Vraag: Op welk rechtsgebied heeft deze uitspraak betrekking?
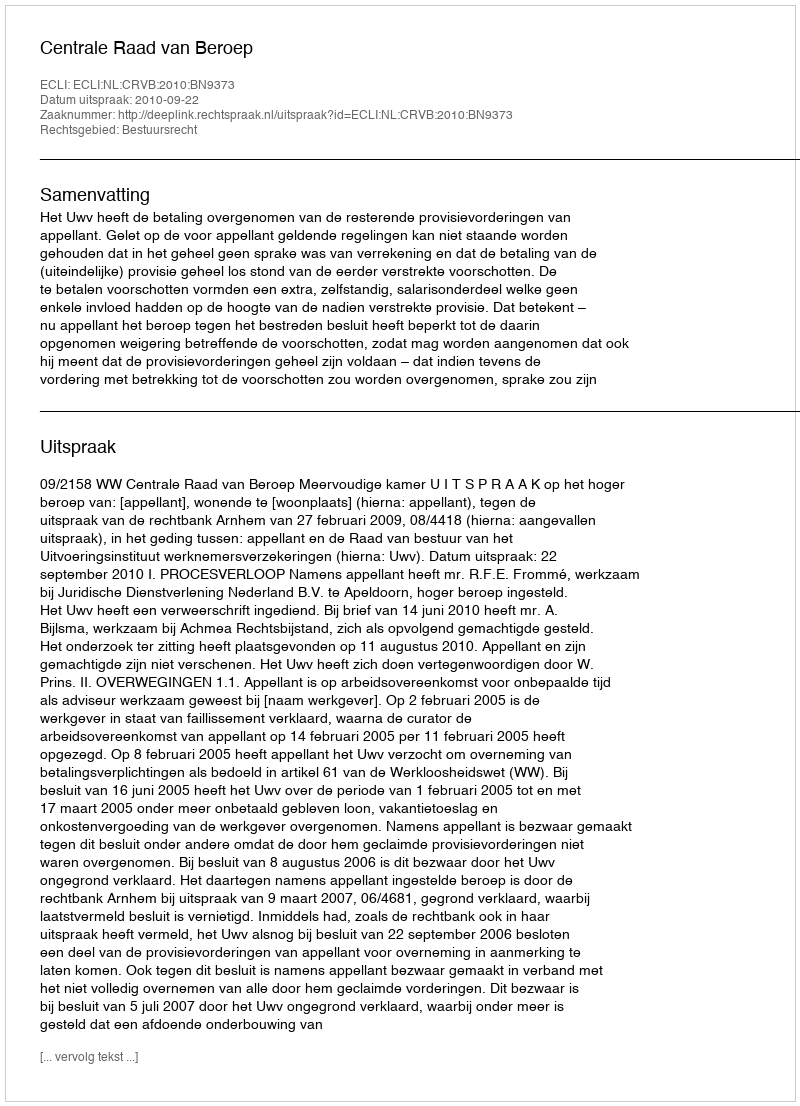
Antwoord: Bestuursrecht